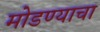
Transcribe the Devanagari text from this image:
मोडण्याचा